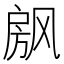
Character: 𰒴